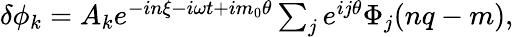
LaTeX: \begin{array}{r}{\delta\phi_{k}=A_{k}e^{-in\xi-i\omega t+im_{0}\theta}\sum_{j}e^{ij\theta}\Phi_{j}(nq-m),}\end{array}